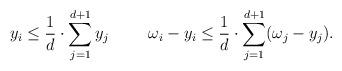
LaTeX: \begin{align*}y_i\le \frac{1}{d}\cdot\sum_{j=1}^{d+1}y_j \hskip 5mm \hskip 5mm \omega_i-y_i\le \frac{1}{d}\cdot\sum_{j=1}^{d+1} (\omega_j-y_j). \end{align*}